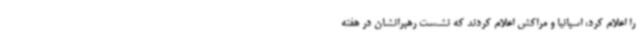
را اعلام کرد، اسپانیا و مراکش اعلام کردند که نشست رهبرانشان در هفته